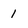
Character: 1